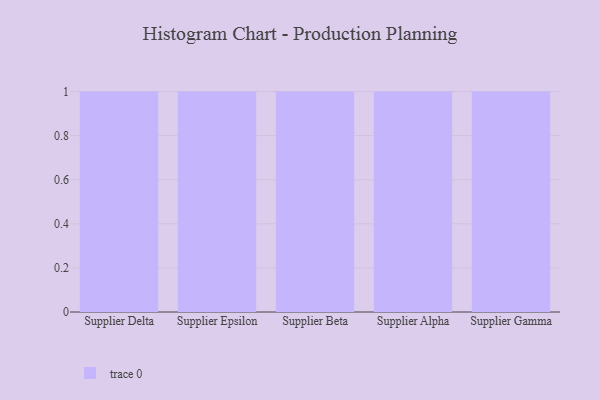
{"axis": {"x": "Supplier", "y": "Page Views"}, "legend": [""], "data": [{"x": "Supplier Delta", "y": 83, "type": ""}, {"x": "Supplier Epsilon", "y": 85, "type": ""}, {"x": "Supplier Beta", "y": 57, "type": ""}, {"x": "Supplier Alpha", "y": 1, "type": ""}, {"x": "Supplier Gamma", "y": 57, "type": ""}]}